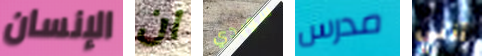
الإنسان ان سويدي مدرس أنني